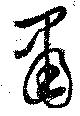
粛